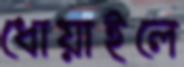
ধোয়াইলে